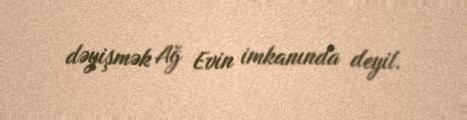
dəyişmək Ağ Evin imkanında deyil.